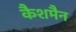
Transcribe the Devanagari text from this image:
कैशमैन